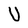
Character: U